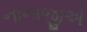
નાનાજીએ